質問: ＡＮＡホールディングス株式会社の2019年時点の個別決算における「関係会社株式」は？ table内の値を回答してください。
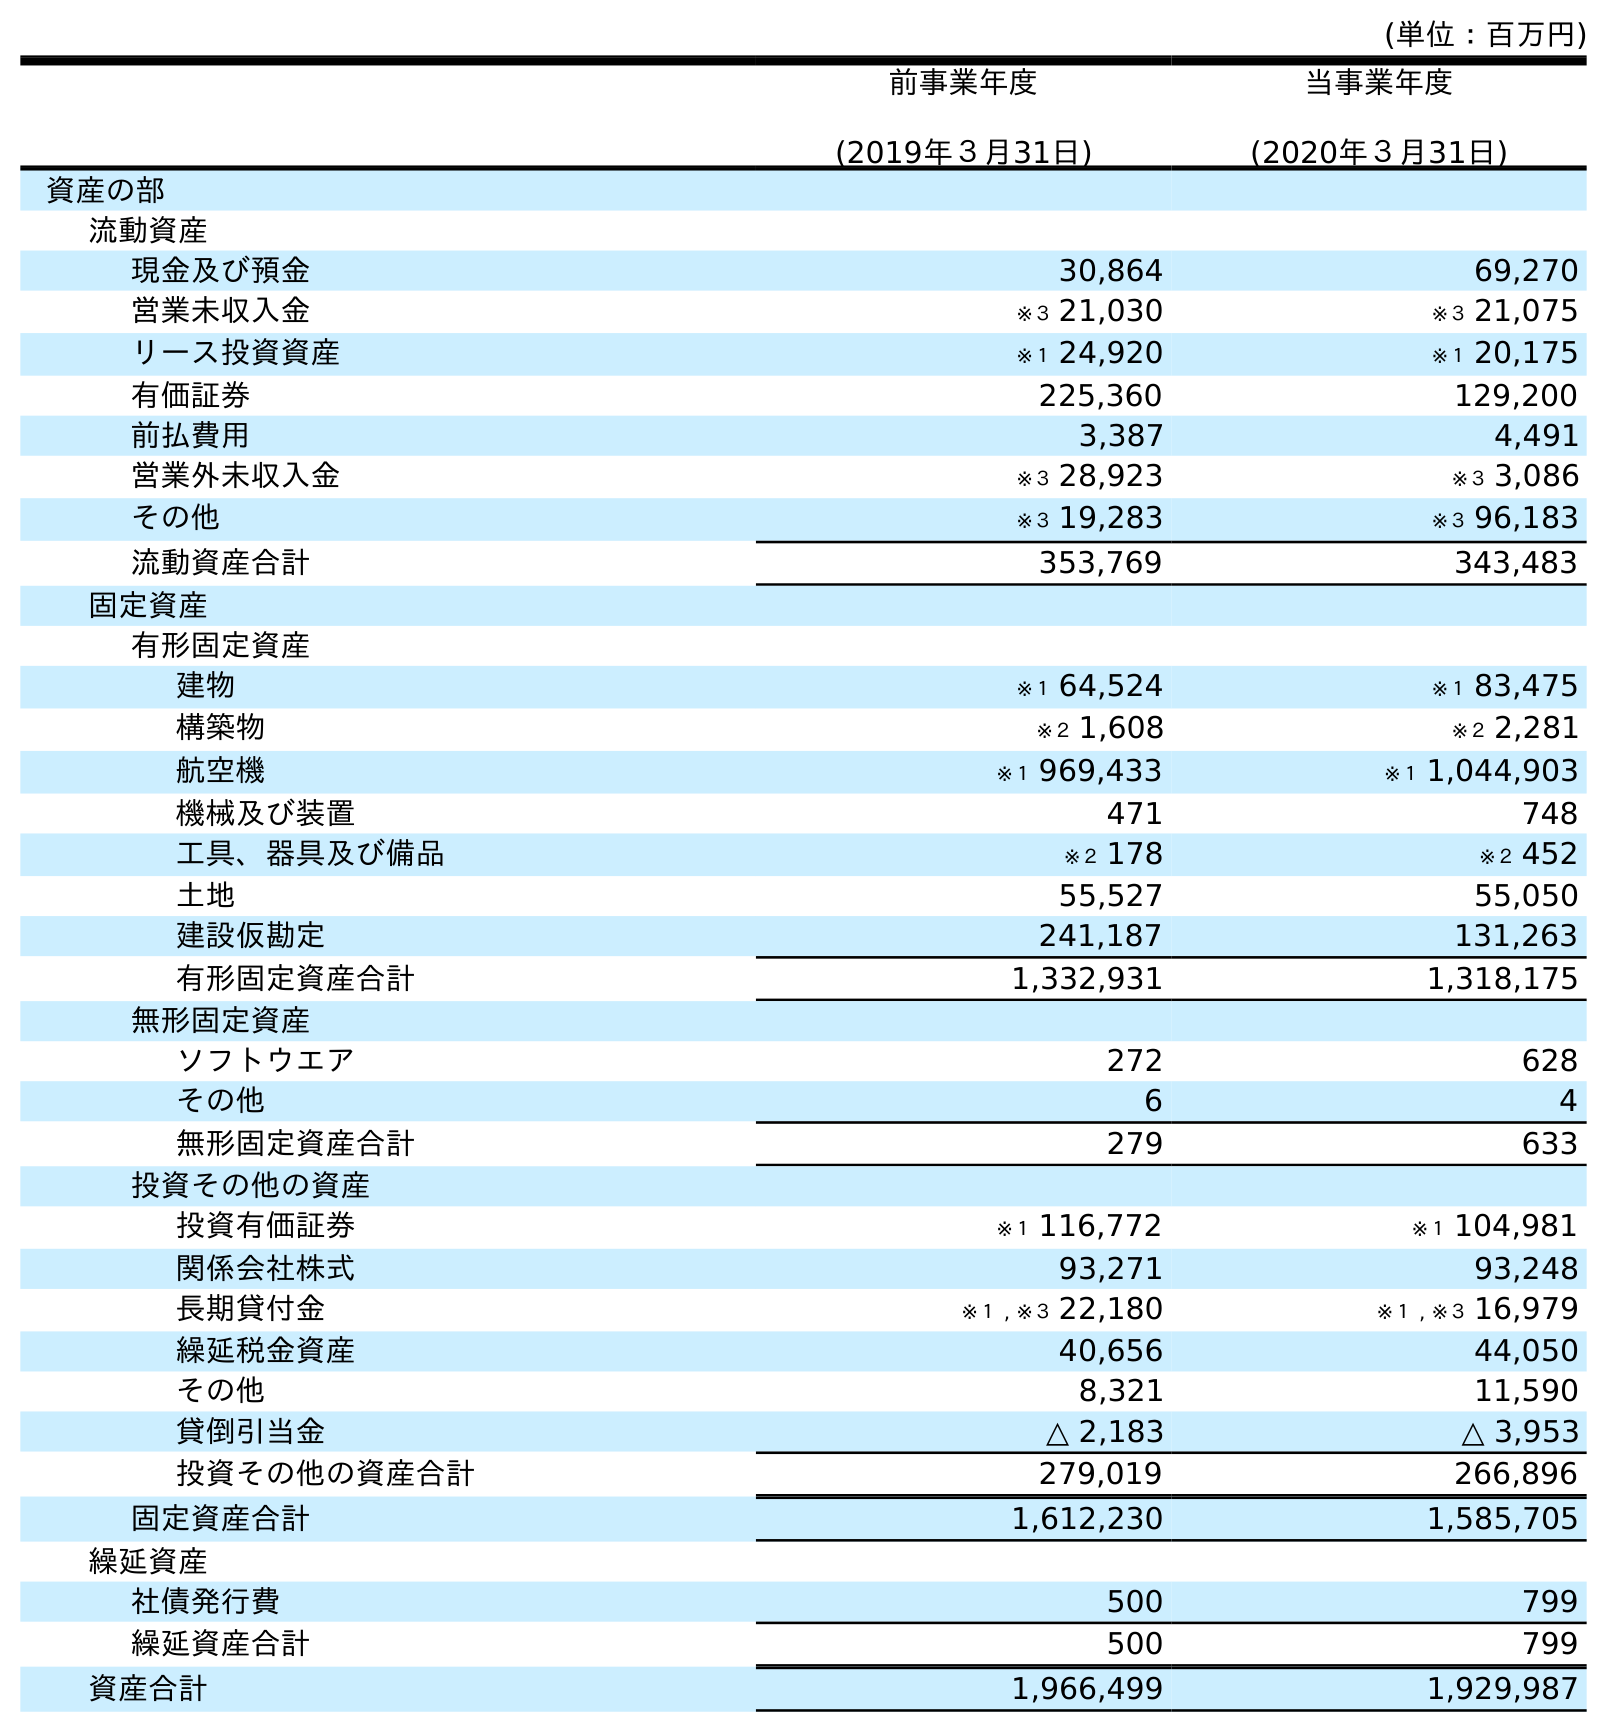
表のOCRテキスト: (単位：百万円) 前事業年度 (2019年３月31日) 当事業年度 (2020年３月31日) 資産の部 流動資産 現金及び預金 30,864 69,270 営業未収入金 ※３ 21,030 ※３ 21,075 リース投資資産 ※１ 24,920 ※１ 20,175 有価証券 225,360 129,200 前払費用 3,387 4,491 営業外未収入金 ※３ 28,923 ※３ 3,086 その他 ※３ 19,283 ※３ 96,183 流動資産合計 353,769 343,483 固定資産 有形固定資産 建物 ※１ 64,524 ※１ 83,475 構築物 ※２ 1,608 ※２ 2,281 航空機 ※１ 969,433 ※１ 1,044,903 機械及び装置 471 748 工具、器具及び備品 ※２ 178 ※２ 452 土地 55,527 55,050 建設仮勘定 241,187 131,263 有形固定資産合計 1,332,931 1,318,175 無形固定資産 ソフトウエア 272 628 その他 6 4 無形固定資産合計 279 633 投資その他の資産 投資有価証券 ※１ 116,772 ※１ 104,981 関係会社株式 93,271 93,248 長期貸付金 ※１ , ※３ 22,180 ※１ , ※３ 16,979 繰延税金資産 40,656 44,050 その他 8,321 11,590 貸倒引当金 △ 2,183 △ 3,953 投資その他の資産合計 279,019 266,896 固定資産合計 1,612,230 1,585,705 繰延資産 社債発行費 500 799 繰延資産合計 500 799 資産合計 1,966,499 1,929,987
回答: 93,271